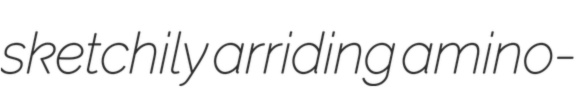
sketchily arriding amino-